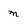
Character: m